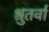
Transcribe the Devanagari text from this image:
श्रुतर्वा